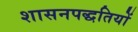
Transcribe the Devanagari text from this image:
शासनपद्धतियों